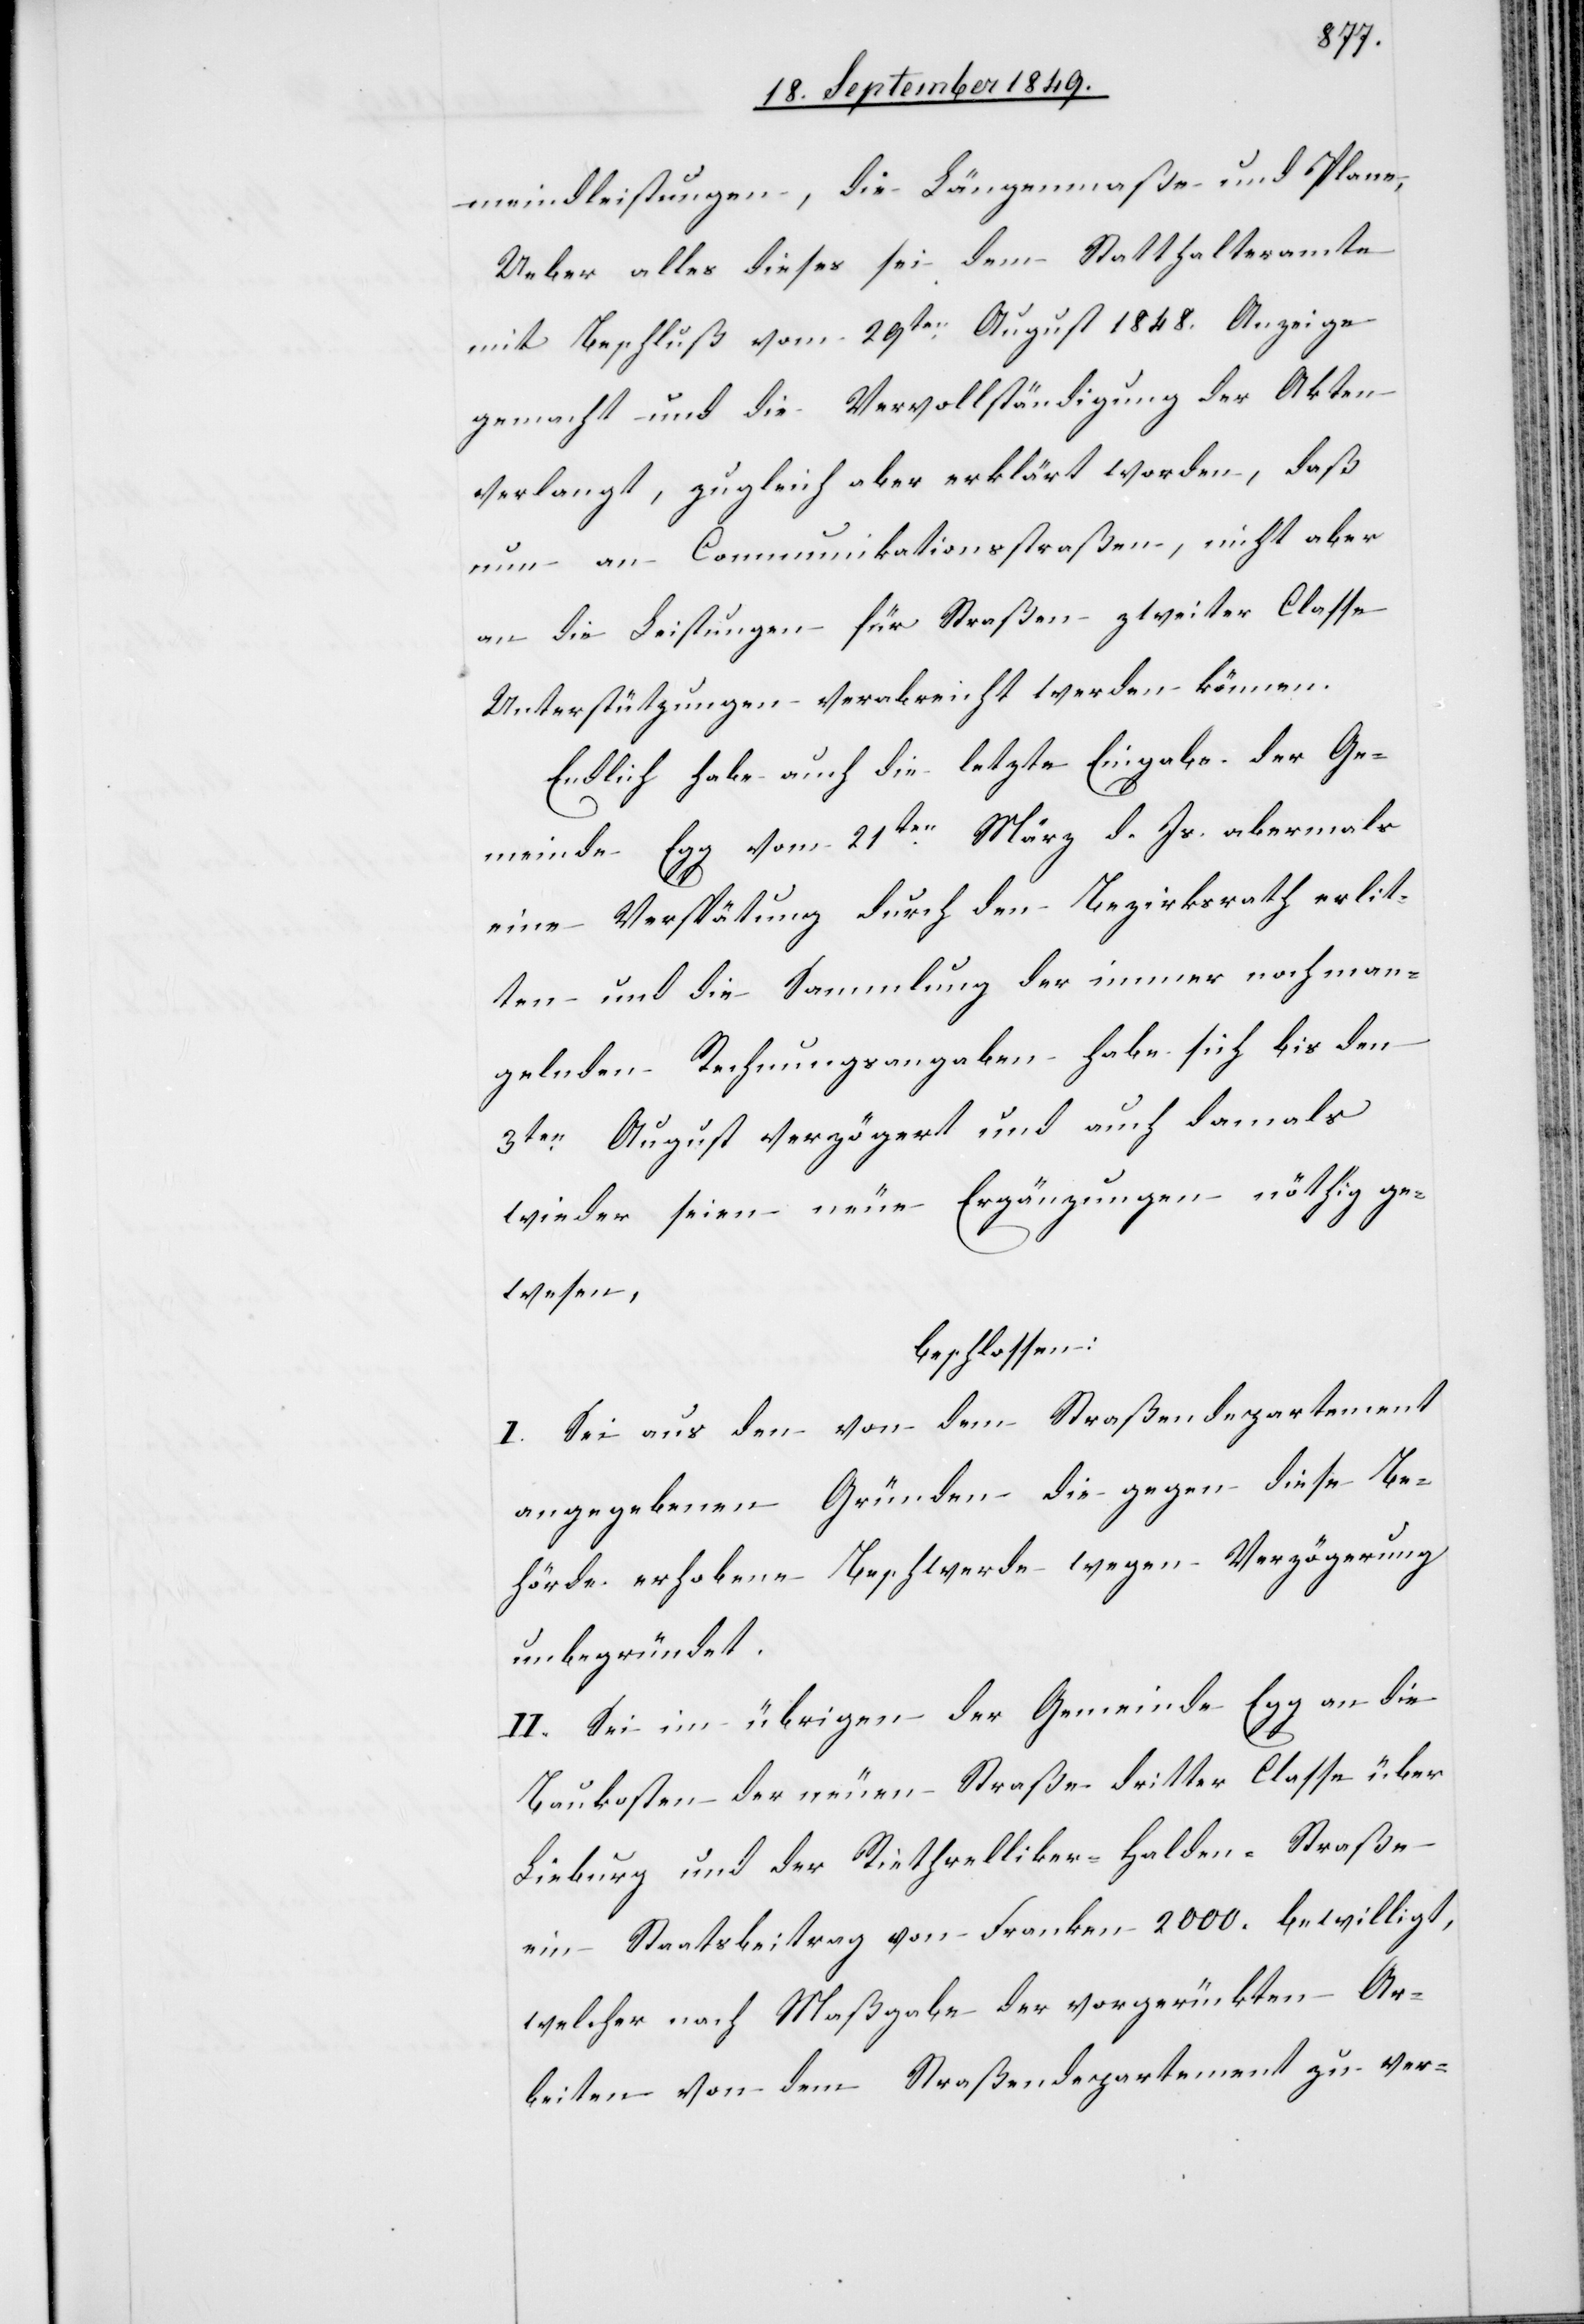
meindleistungen, die Längenmaße und Plane.
Ueber alles dieses sei dem Statthalteramte
mit Beschluß vom 29ten August 1848. Anzeige
gemacht und die Vervollständigung der Akten
verlangt, zugleich aber erklärt worden, daß
nun an Communikationsstraßen, nicht aber
an die Leistungen für Straßen zweiter Classe
Unterstützungen verabreicht werden können.
Endlich habe auch die letzte Eingabe der Ge¬
meinde Egg vom 21ten März d. Js. abermals
eine Verspätung durch den Bezirksrath erlit¬
ten und die Sammlung der immer noch man¬
gelnden Rechnungsangaben habe sich bis den
3ten August verzögert und auch damals
wieder seien neue Ergänzungen nöthig ge¬
wesen,
beschlossen:
I. Sei aus den von dem Straßendepartement
angegebenen Gründen die gegen diese Be¬
hörde erhobene Beschwerde wegen Verzögerung
unbegründet.
II. Sei im Übrigen der Gemeinde Egg an die
Baukosten der neuen Straße dritter Classe über
Lieburg und der Riethrelliker-Halden-Straße
ein Staatsbeitrag von Franken 2000. bewilligt,
welcher nach Maßgabe der vorgerückten Ar¬
beiten von dem Straßendepartement zu ver-